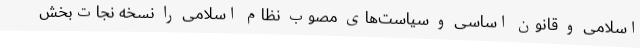
اسلامی و قانون اساسی و سیاست‌های مصوب نظام اسلامی را نسخه نجات‌بخش